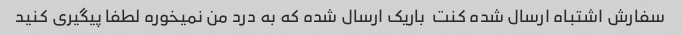
سفارش اشتباه ارسال شده کنت  باریک ارسال شده که به درد من نمیخوره لطفا پیگیری کنید